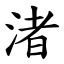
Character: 渚